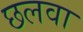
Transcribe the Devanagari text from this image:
छलवा